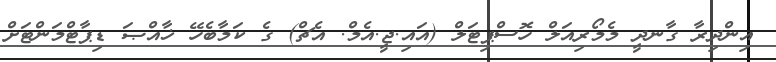
އިންދިރާ ގާނދީ މެމޯރިއަލް ހޮސްޕިޓަލް (އައި.ޖީ.އެމް. އެޗް) ގެ ކަމާބެހޭ ޚާއްޞަ ޑިޕާޓްމަންޓަށް